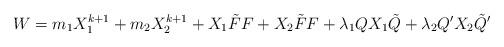
LaTeX: \begin{align*}W=m_1 X_1^{k+1} + m_2 X_2^{k+1} + X_1 \tilde{F} F + X_2 \tilde{F} F +\lambda_1 Q X_1 \tilde{Q} + \lambda_2 Q' X_2 \tilde{Q}'\end{align*}